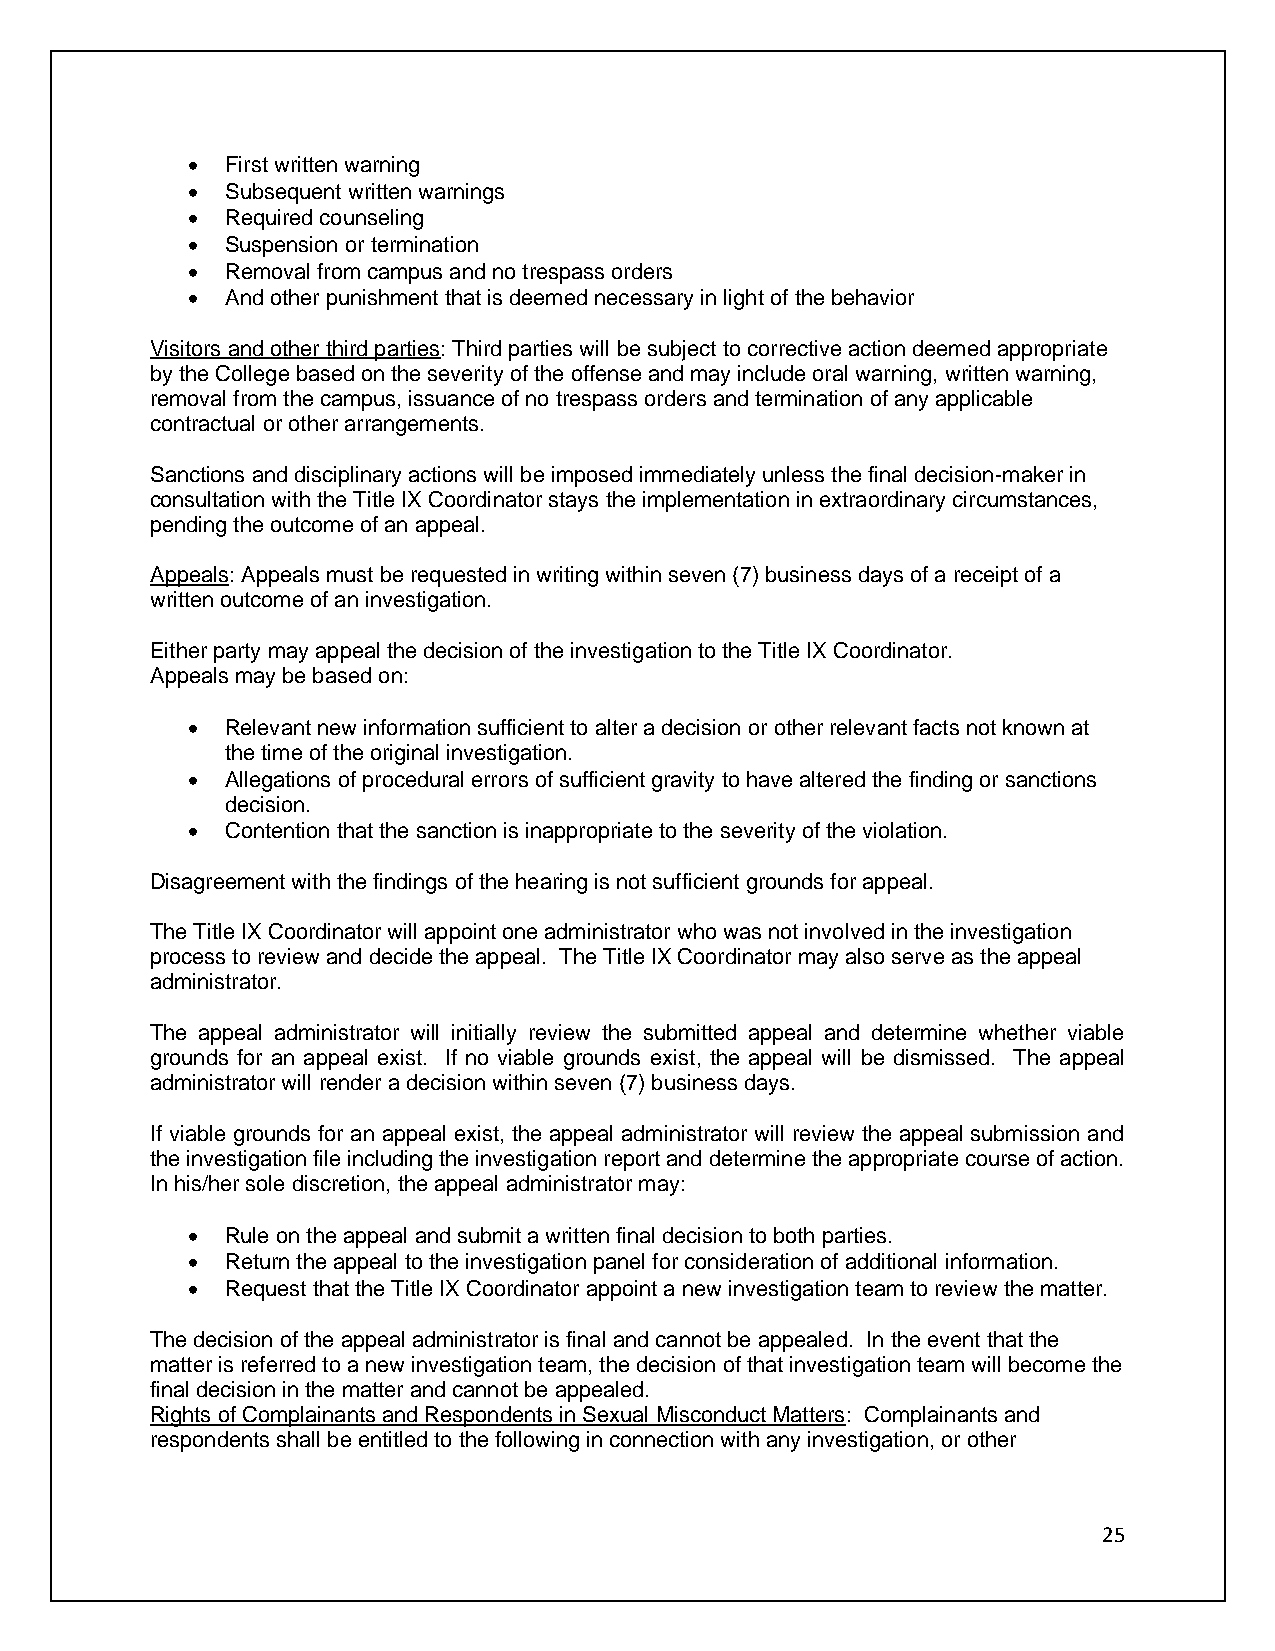
•  First written warning
 •  Subsequent written warnings
 •  Required counseling
 •  Suspension or termination
 •  Removal from campus and no trespass orders
 •  And other punishment that is deemed necessary in light of the behavior
 Visitors and other third parties: Third parties will be subject to corrective action deemed appropriate
 by the College based on the severity of the offense and may include oral warning, written warning,
 removal from the campus, issuance of no trespass orders and termination of any applicable
 contractual or other arrangements.
 Sanctions and disciplinary actions will be imposed immediately unless the final decision-maker in
 consultation with the Title IX Coordinator stays the implementation in extraordinary circumstances,
 pending the outcome of an appeal.
 Appeals: Appeals must be requested in writing within seven (7) business days of a receipt of a
 written outcome of an investigation.
 Either party may appeal the decision of the investigation to the Title IX Coordinator.
 Appeals may be based on:
 •  Relevant new information sufficient to alter a decision or other relevant facts not known at
 the time of the original investigation.
 •  Allegations of procedural errors of sufficient gravity to have altered the finding or sanctions
 decision.
 •  Contention that the sanction is inappropriate to the severity of the violation.
 Disagreement with the findings of the hearing is not sufficient grounds for appeal.
 The Title IX Coordinator will appoint one administrator who was not involved in the investigation
 process to review and decide the appeal. The Title IX Coordinator may also serve as the appeal
 administrator.
 The appeal administrator will initially review the submitted appeal and determine whether viable
 grounds for an appeal exist. If no viable grounds exist, the appeal will be dismissed. The appeal
 administrator will render a decision within seven (7) business days.
 If viable grounds for an appeal exist, the appeal administrator will review the appeal submission and
 the investigation file including the investigation report and determine the appropriate course of action.
 In his/her sole discretion, the appeal administrator may:
 •  Rule on the appeal and submit a written final decision to both parties.
 •  Return the appeal to the investigation panel for consideration of additional information.
 •  Request that the Title IX Coordinator appoint a new investigation team to review the matter.
 The decision of the appeal administrator is final and cannot be appealed. In the event that the
 matter is referred to a new investigation team, the decision of that investigation team will become the
 final decision in the matter and cannot be appealed.
 Rights of Complainants and Respondents in Sexual Misconduct Matters: Complainants and
 respondents shall be entitled to the following in connection with any investigation, or other
 25